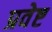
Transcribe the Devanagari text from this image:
प्रवेष्ट